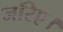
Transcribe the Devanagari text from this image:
जरिए।